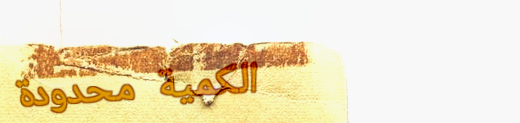
الكمية محدودة